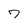
Character: 7